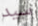
سيد